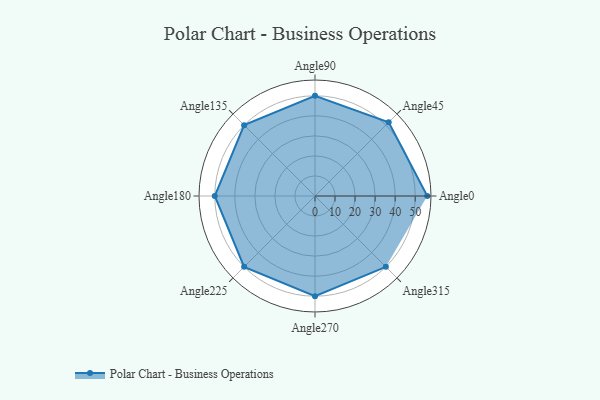
{"axis": {"x": "Angle", "y": "Radius"}, "legend": [""], "data": [{"x": "Angle0", "y": 56.0, "type": ""}, {"x": "Angle45", "y": 52.0, "type": ""}, {"x": "Angle90", "y": 50.0, "type": ""}, {"x": "Angle135", "y": 50, "type": ""}, {"x": "Angle180", "y": 50, "type": ""}, {"x": "Angle225", "y": 50, "type": ""}, {"x": "Angle270", "y": 50, "type": ""}, {"x": "Angle315", "y": 50, "type": ""}]}